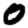
Digit: 0